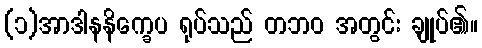
(၁)အာဒါနနိက္ခေပ ရုပ်သည် တဘဝ အတွင်း ချုပ်၏။